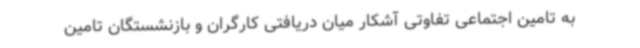
به تامین اجتماعی تفاوتی آشکار میان دریافتی کارگران و بازنشستگان تامین